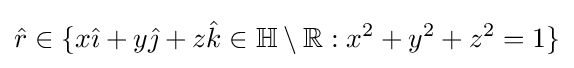
{\hat {r}}\in \{x{\hat {\imath }}+y{\hat {\jmath }}+z{\hat {k}}\in \mathbb {H} \setminus \mathbb {R} :x^{2}+y^{2}+z^{2}=1\}